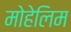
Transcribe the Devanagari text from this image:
मोहेलिम